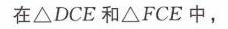
在\(\triangle DCE\)和\(\triangle FCE\)中，